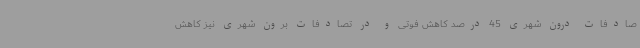
صادفات درون شهری 45 درصد کاهش فوتی و در تصادفات برون شهری نیز کاهش